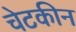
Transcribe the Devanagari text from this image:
चेटकीन